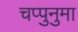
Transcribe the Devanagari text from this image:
चप्पुनुमा